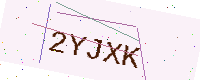
Text: 2YJXK